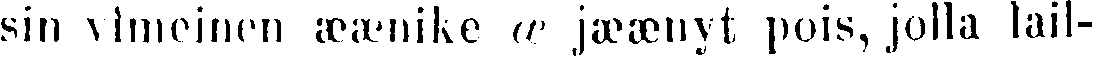
sin vimeinen æænike œ jæænyt pois, jolla lail-